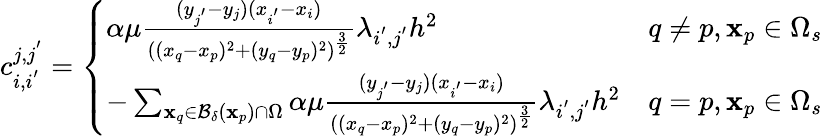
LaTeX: c_{i,i^{'}}^{j,j^{'}}=\left\{ \begin{array}{ll}{\alpha\mu\frac{(y_{j^{'}}-y_{j})(x_{i^{'}}-x_{i})}{((x_{q}-x_{p})^{2}+(y_{q}-y_{p})^{2})^{\frac{3}{2}}}\lambda_{i^{'},j^{'}}h^{2}}&{q\neq p,\mathbf{x}_{p}\in\Omega_{s}}\\ {-\sum_{\mathbf{x}_{q}\in\mathcal{B_{\delta}}(\mathbf{x}_{p})\cap\Omega}\alpha\mu\frac{(y_{j^{'}}-y_{j})(x_{i^{'}}-x_{i})}{((x_{q}-x_{p})^{2}+(y_{q}-y_{p})^{2})^{\frac{3}{2}}}\lambda_{i^{'},j^{'}}h^{2}}&{q=p,\mathbf{x}_{p}\in\Omega_{s}}\end{array}\right.